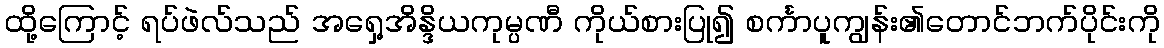
ထို့ကြောင့် ရပ်ဖဲလ်သည် အရှေ့အိန္ဒိယကုမ္ပဏီ ကိုယ်စားပြု၍ စင်္ကာပူကျွန်း၏တောင်ဘက်ပိုင်းကို